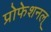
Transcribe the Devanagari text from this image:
प्रोफेशनल्